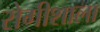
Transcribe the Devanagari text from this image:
रोगीशाला